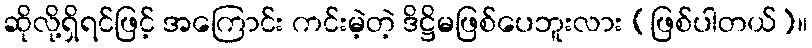
ဆိုလို့ရှိရင်ဖြင့် အကြောင်း ကင်းမဲ့တဲ့ ဒိဋ္ဌိမဖြစ်ပေဘူးလား (ဖြစ်ပါတယ်)။